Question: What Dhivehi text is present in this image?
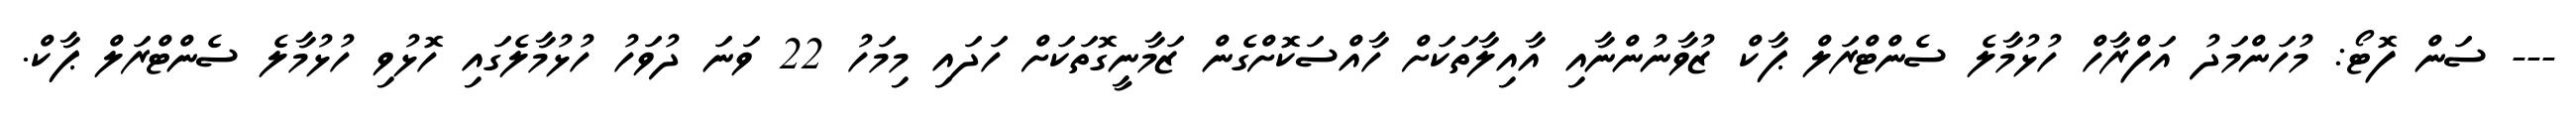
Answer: --- ސަން ފޮޓޯ: މުހަންމަދު އަފްރާހް ހުޅުމާލެ ސެންޓްރަލް ޕާކް ޒުވާނުންނާއި އާއިލާތަކަށް ހާއްސަކޮށްގެން ޒަމާނީގޮތަކަށް ހަދައި މިމަހު 22 ވަނަ ދުވަހު ހުޅުމާލެގައި ހޮޅުވި ހުޅުމާލެ ސެންޓްރަލް ޕާކް.